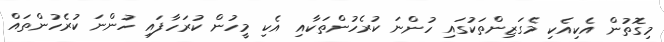
މިގޮތުން އެކިއެކި މެގަޒިންތަކުގައި ހުންނަ ކުރެހުންތަކާއި އެކި މީހުން ކުރަހާފައި ހުންނަ ކުރެހުންތައް